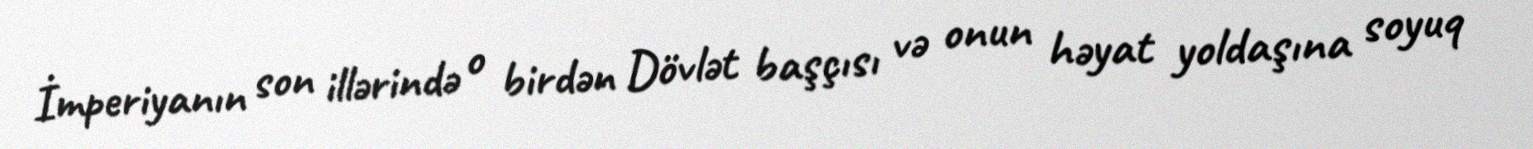
İmperiyanın son illərində o birdən Dövlət başçısı və onun həyat yoldaşına soyuq